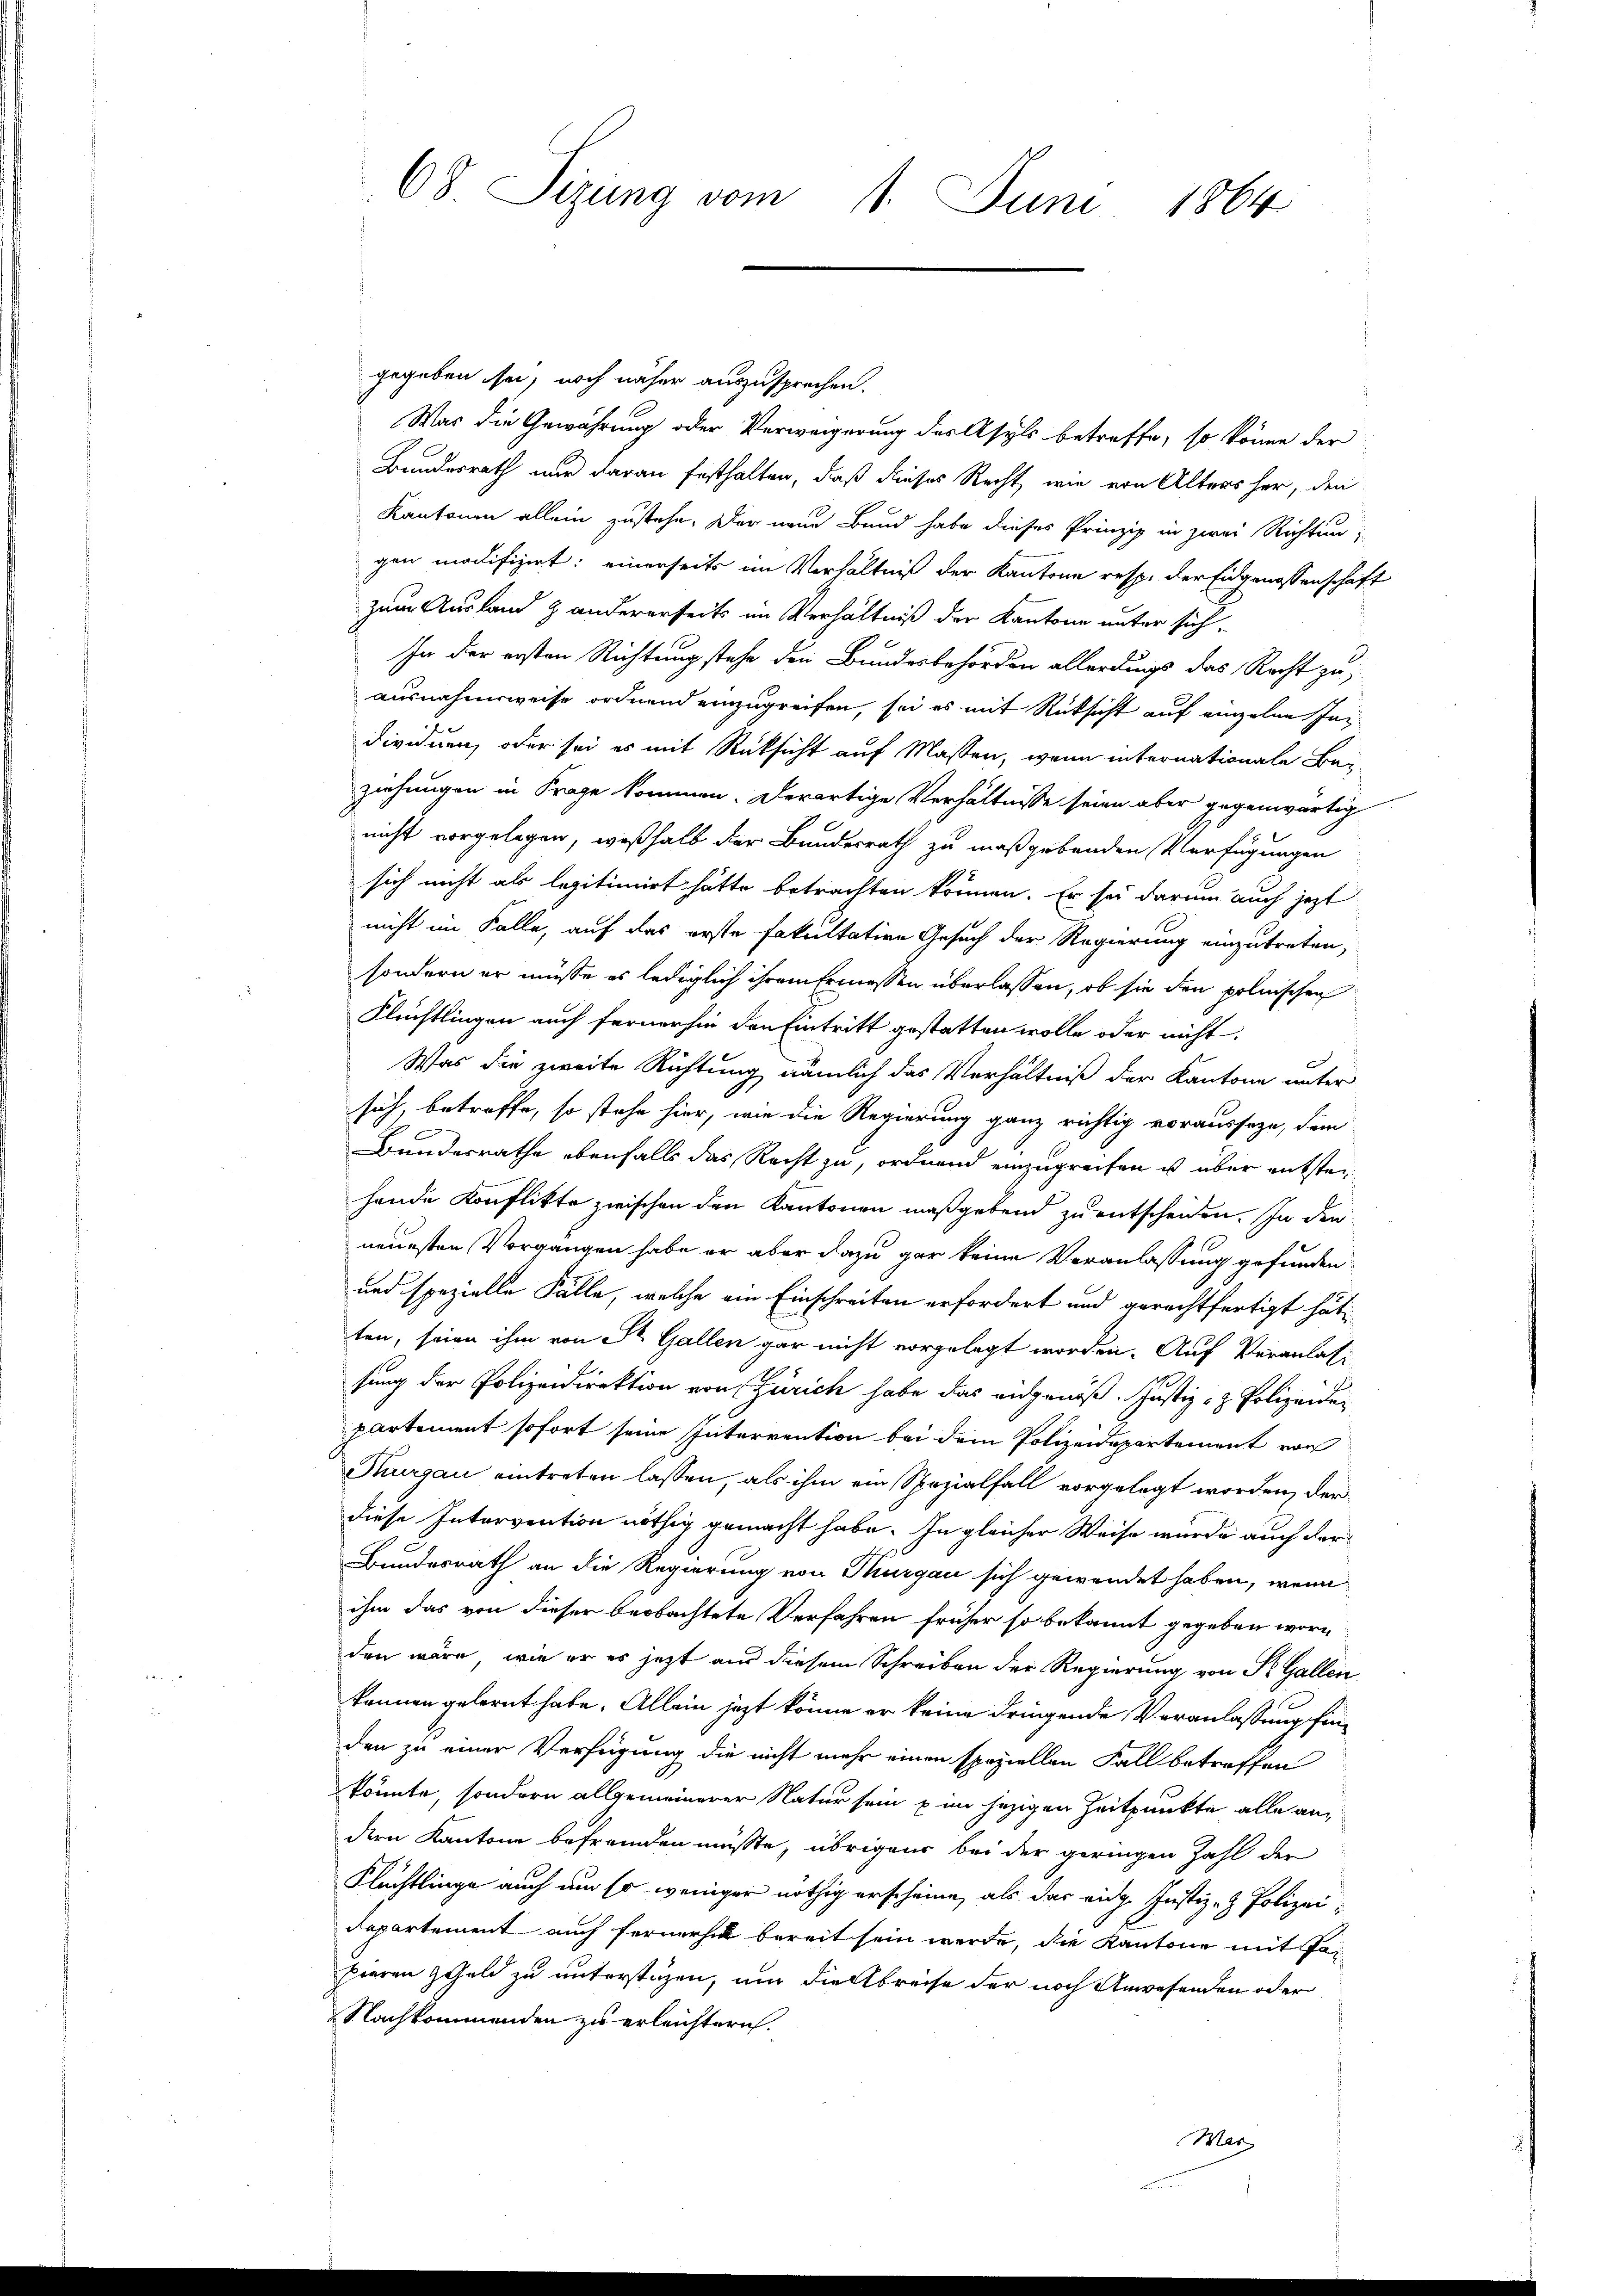
gegeben sei, noch näher auszusprechen.
Was die Gewährung oder Verweigerung des Asyls betreffe, so könne der
Bundesrath nur daran festhalten, daß dieses Recht, wie von Alters her, den
Kantonen allein zustehe. Der neue Bund habe dieses Prinzip in zwei Richtungen modifiziert: einerseits im Verhältniß der Kantone resp. der Eidgenossenschaft
zum Ausland & andererseits im Verhältniß der Kantone unter sich
In der ersten Richtung stehe den Bundesbehörden allerdings das Recht zu-
ausnahmsweise ordnend einzugreifen, sei es mit Rücksicht auf einzelne Individuen, oder sei es mit Rücksicht auf Massen, wenn internationale Bei
ziehungen in Frage kommen. Derartige Verhältnisse seien aber gegenwärtig
nicht vorgelegen, weßhalb der Bundesrath zu maßgebenden Verfügungen
sich nicht als legitimirt hätte betrachten können. Er sei darum auch jetzt
nicht im Falle, auf das erste Fakultation Gesuch der Regierung einzutreten,
sondern er müsse es lediglich ihrem Ermessen überlassen, ob sie den polnischen
Flüchtlingen auch fernerhin den Eintritt gestatten wolle oder nicht
Was die zweite Richtung nämlich das Verhältniß der Kantone unter
sich, betreffe, so stehe hier, wie die Regierung ganz richtig vorausseze, dem
Bundesrathe ebenfalls das Recht zu, ordnend einzugreifen u über entsteihende Konflikte zwischen den Kantonen maßgebend zu entscheiden. In den
neuesten Vorgangen habe er aber dazu gar keine Veranlassung gefunden
und spezielle Fälle, welche ein Einschreiten erfordert und gerechtfertigt hätten, seien ihm von St. Gallen gar nicht vorgelegt worden. Auf Veranlass
sung der Polizeidirektion von Zürich habe das eidgenöß. Justiz- & Polizeide
partement sofort seine Interrention bei dem Polizeidepartement von
Thurgau eintreten lassen, als ihm ein Spezialfall vorgelegt worden, der
diese Intervention nöthig gemacht habe. In gleicher Weise wurde auch der¬
Bundesrath an die Regierung von Thurgau sich gewendet haben, wenn
ihm das von dieser beobachtete Verfahren früher so bekannt gegeben worden wäre, wie er es jetzt aus diesem Schreiben der Regierung von St. Gallen
können gelernt habe. Allein jezt könne er keine dringende Veranlassung finden zu einer Verfügung die nicht mehr einen speziellen Fall betreffen
könnte, sondern allgemeinerer Natur sein u in jezigen Zeitpunkte alle an
dern Kantone befremden müsste, übrigens bei der geringen Zahl der
Flüchtlinge auch um so weniger nöthig erscheine, als das eidg. Justiz- & Polizei:
departement auch fernerhalt bereit sein werde, die Kantone mit Fapieren Geld zu unterstüzen, um die Abreise der noch Anwesenden oder
Nachkommenden zu erleichtern.

68. Sizung vom 11. Juni 1864